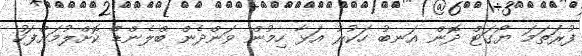
ފުރަތަމަ ޔޯގަޓް ދޮން އަނބު ހަކުރު އަޅާ ހިމުން ވަންދެން ބްލެންޑް ކޮށްލުމަށްފަހު